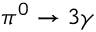
\pi ^ { 0 } \rightarrow 3 \gamma